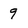
Character: 9